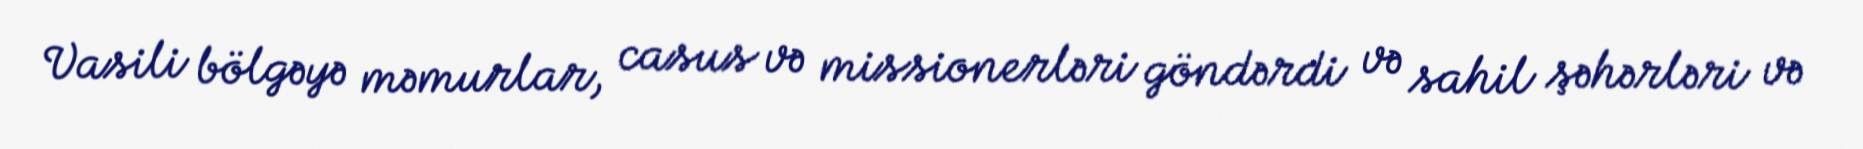
Vasili bölgəyə məmurlar, casus və missionerləri göndərdi və sahil şəhərləri və